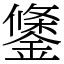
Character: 鎥